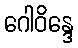
ဂေါဝိန္ဒေ